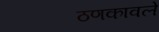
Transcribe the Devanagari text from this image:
ठणकावले